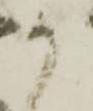
か